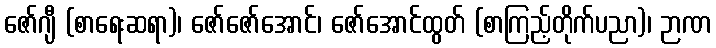
ဇော်ဂျီ (စာရေးဆရာ)၊ ဇော်ဇော်အောင်၊ ဇော်အောင်ထွတ် (စာကြည့်တိုက်ပညာ)၊ ဉာဏ